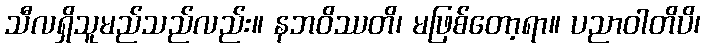
သီလရှိသူမည်သည်လည်း။ နဘဝိဿတိ၊ မဖြစ်တော့ရာ။ ပညာဝါတိပိ၊